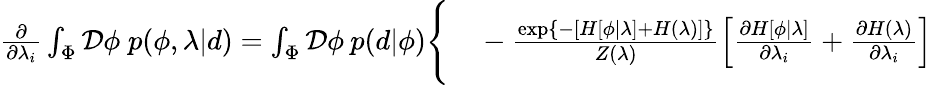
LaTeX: \begin{array}{rl}{\frac{\partial}{\partial\lambda_{i}}\int_{\Phi}\mathcal{D}\phi\; p(\phi,\lambda|d)=\int_{\Phi}\mathcal{D}\phi\: p(d|\phi)\Bigg\{ }&{{}-\frac{\exp\left\{ -\left[H[\phi|\lambda]+H(\lambda)\right]\right\} }{Z(\lambda)}\left[\frac{\partial H[\phi|\lambda]}{\partial\lambda_{i}}+\frac{\partial H(\lambda)}{\partial\lambda_{i}}\right]}\end{array}